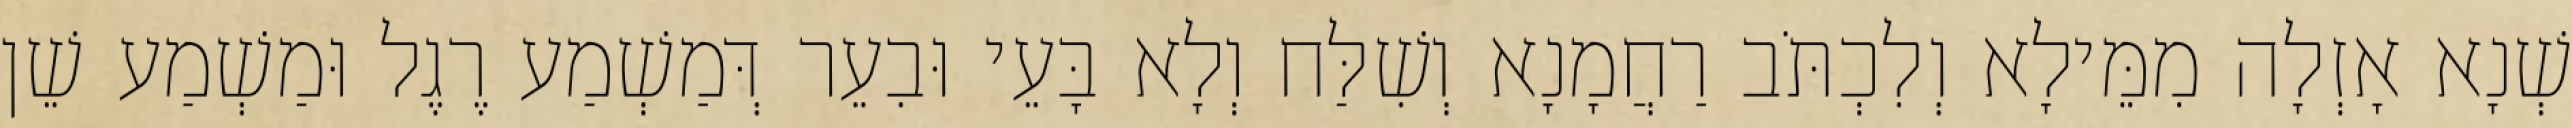
שְׁנָא אָזְלָה מִמֵּילָא וְלִכְתֹּב רַחֲמָנָא וְשִׁלַּח וְלָא בָּעֵי וּבִעֵר דְּמַשְׁמַע רֶגֶל וּמַשְׁמַע שֵׁן